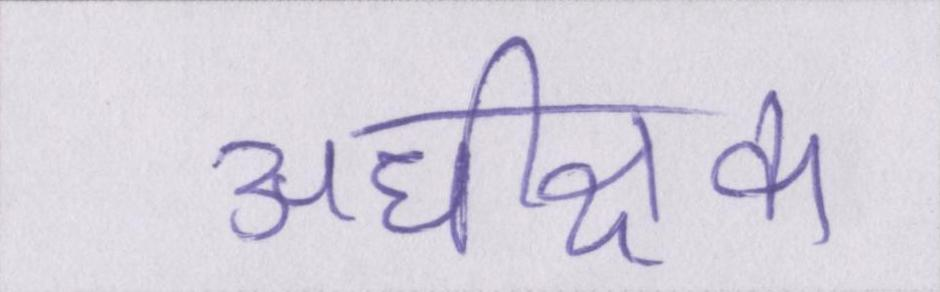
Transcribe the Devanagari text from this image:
अधीक्षक